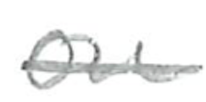
Text: on
Cross-out: single-line
Writing tool: pencil